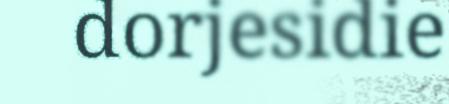
dorjesidie